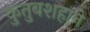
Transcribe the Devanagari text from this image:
कुतुबशहाने